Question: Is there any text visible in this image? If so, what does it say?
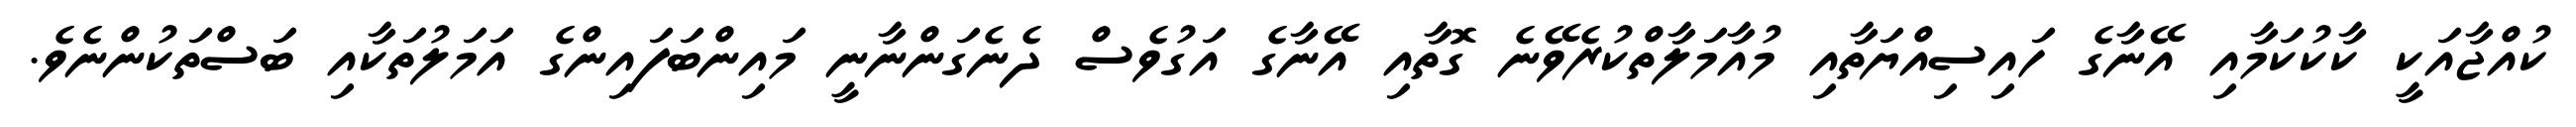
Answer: ކުއްޖާއަކީ ކާކުކަމާއި އޭނާގެ ހައިސިއްޔަތާއި މުއާމަލާތްކުރެވޭނެ ގޮތާއި އޭނާގެ އަގުވެސް ދެނެގަންނާނީ މައިންބަފައިންގެ އަމަލުތަކާއި ބަސްތަކުންނެވެ.